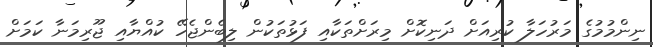
ނިންމުމުގެ މަރުހަލާ ކުރިއަށް ދަނިކޮށް މިރަށްތަކާއި ފަޅުތަކުން ލިބެންޖެހޭ ކުއްޔާއި ޖޫރިމަނާ ކަމަށް